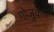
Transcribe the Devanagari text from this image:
गोजुकेन